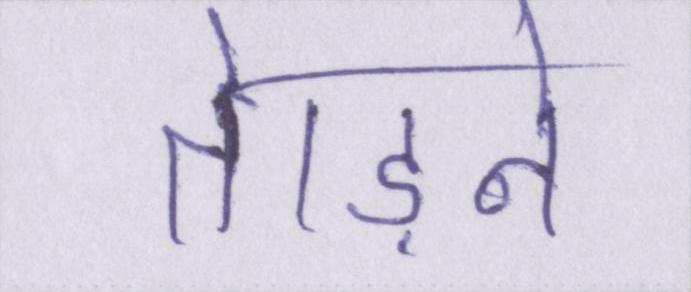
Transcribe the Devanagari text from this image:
तेाड़ने